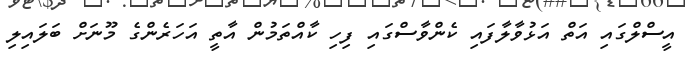
އީސްލްގައި އަތް އަޅުވާލާފައި ކެންވާސްގައި ފިހި ކާއްތަމުން އާތީ އަހަރެންގެ މޫނަށް ބަލައިލި